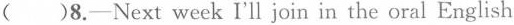
( )8.-Next week I'll join in the oral English